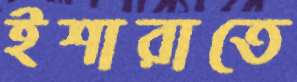
ইশারাতে